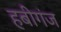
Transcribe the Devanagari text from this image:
हबीगंज